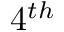
4 ^ { t h }